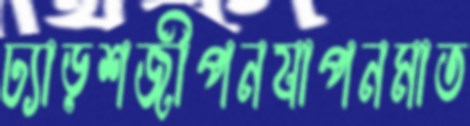
ঢ্যাড়শজীপনযাপনমাত